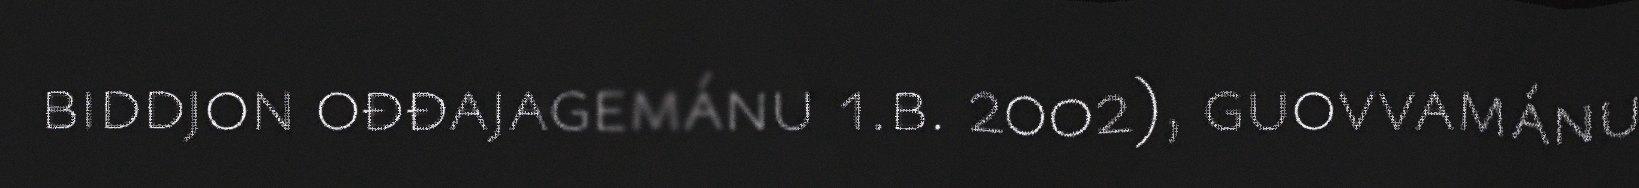
biddjon ođđajagemánu 1.b. 2002), guovvamánu